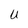
Character: U